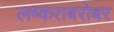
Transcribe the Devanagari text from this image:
लष्कराबरोबर